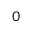
_ 0